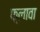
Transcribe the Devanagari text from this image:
फ़्लावा